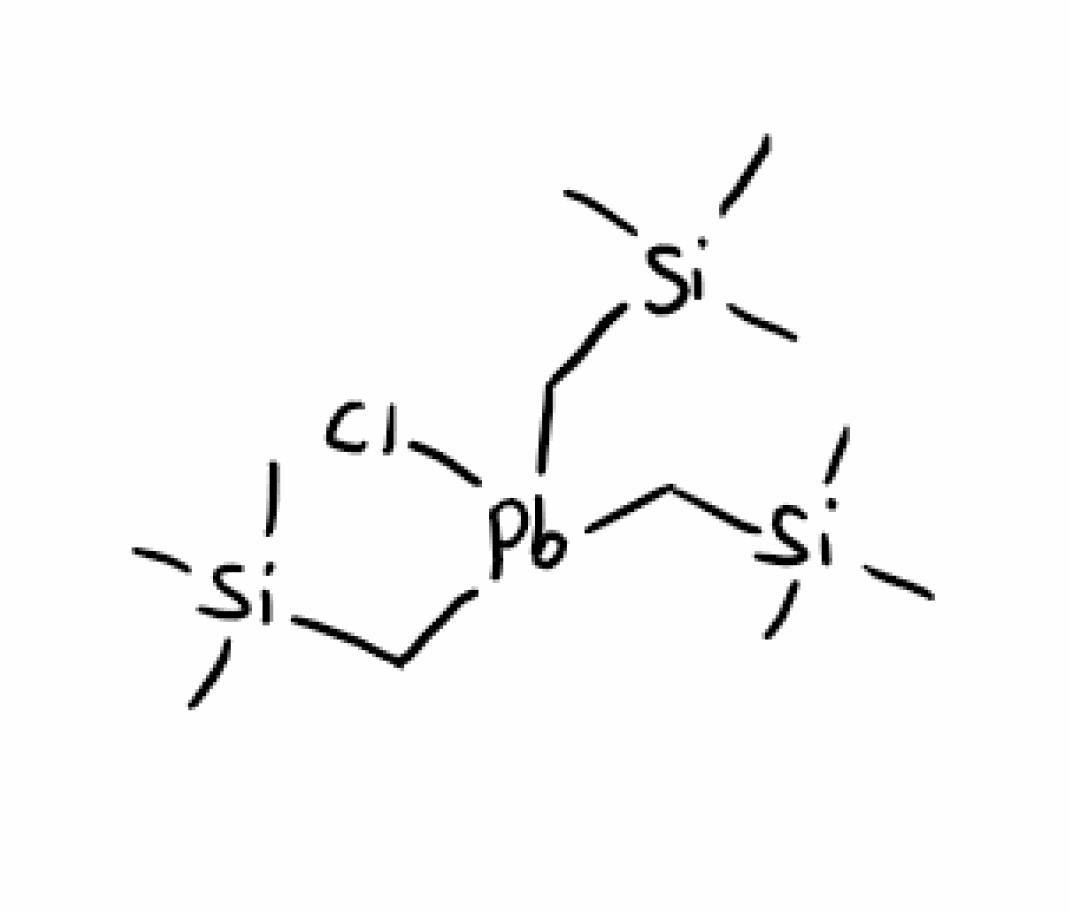
Simplified molecular-input line-entry system (SMILES) notation of the given molecule:
C[Si](C)(C)C[Pb](C[Si](C)(C)C)(C[Si](C)(C)C)Cl